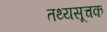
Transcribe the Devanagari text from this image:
तथ्यसूचक